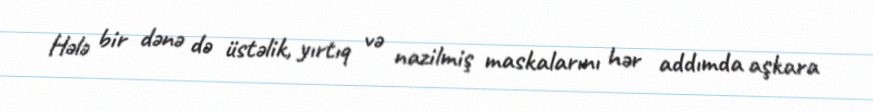
Hələ bir dənə də üstəlik, yırtıq və nazilmiş maskalarını hər addımda aşkara